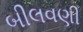
બીલવણી